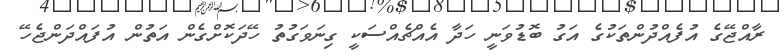
ރާއްޖޭގެ އުފެއްދުންތަކުގެ އަގު ބޮޑުވަނީ ހަދާ އެއްޗެއްސަކީ ގިނަވަގުތު ހޭދަކޮށްގެން އަތުން އުފައްދަންޖެހޭ